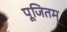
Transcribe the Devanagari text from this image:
पूजितम्